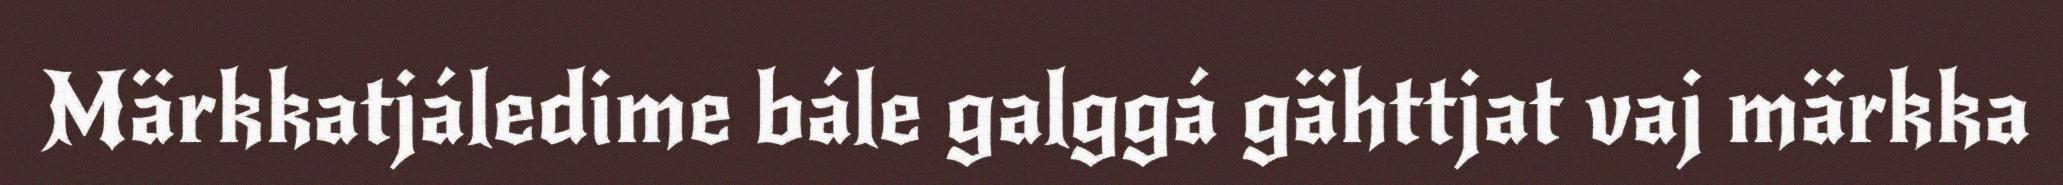
Märkkatjáledime bále galggá gähttjat vaj märkka